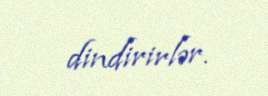
dindirirlər.